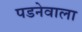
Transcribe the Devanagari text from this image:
पडनेवाला